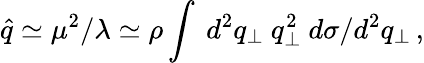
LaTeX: \hat{q}\simeq\mu^{2}/\lambda\simeq\rho\int~d^{2}q_{\perp}~q_{\perp}^{2}~d\sigma/d^{2}q_{\perp}\, ,